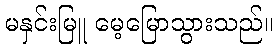
မနှင်းမြူ မေ့မြောသွားသည်။